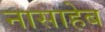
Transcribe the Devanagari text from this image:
नासाहेब